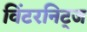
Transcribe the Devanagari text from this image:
विंटरनिट्ज